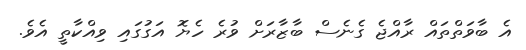
އެ ބާވަތްތައް ރާއްޖެ ގެނެސް ބާޒާރަށް ވުރެ ހެޔޮ އަގުގައި ވިއްކާތީ އެވެ.